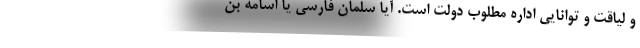
و لیاقت و توانایی اداره مطلوب دولت است. آیا سلمان فارسی یا اسامه بن